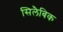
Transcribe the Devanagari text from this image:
सिलैबिक